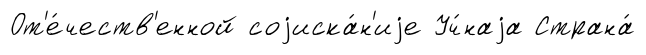
От'е́честв'енной соjиска́н'иjе Уч́наjа Страна́